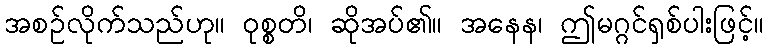
အစဉ်လိုက်သည်ဟု။ ဝုစ္စတိ၊ ဆိုအပ်၏။ အနေန၊ ဤမဂ္ဂင်ရှစ်ပါးဖြင့်။